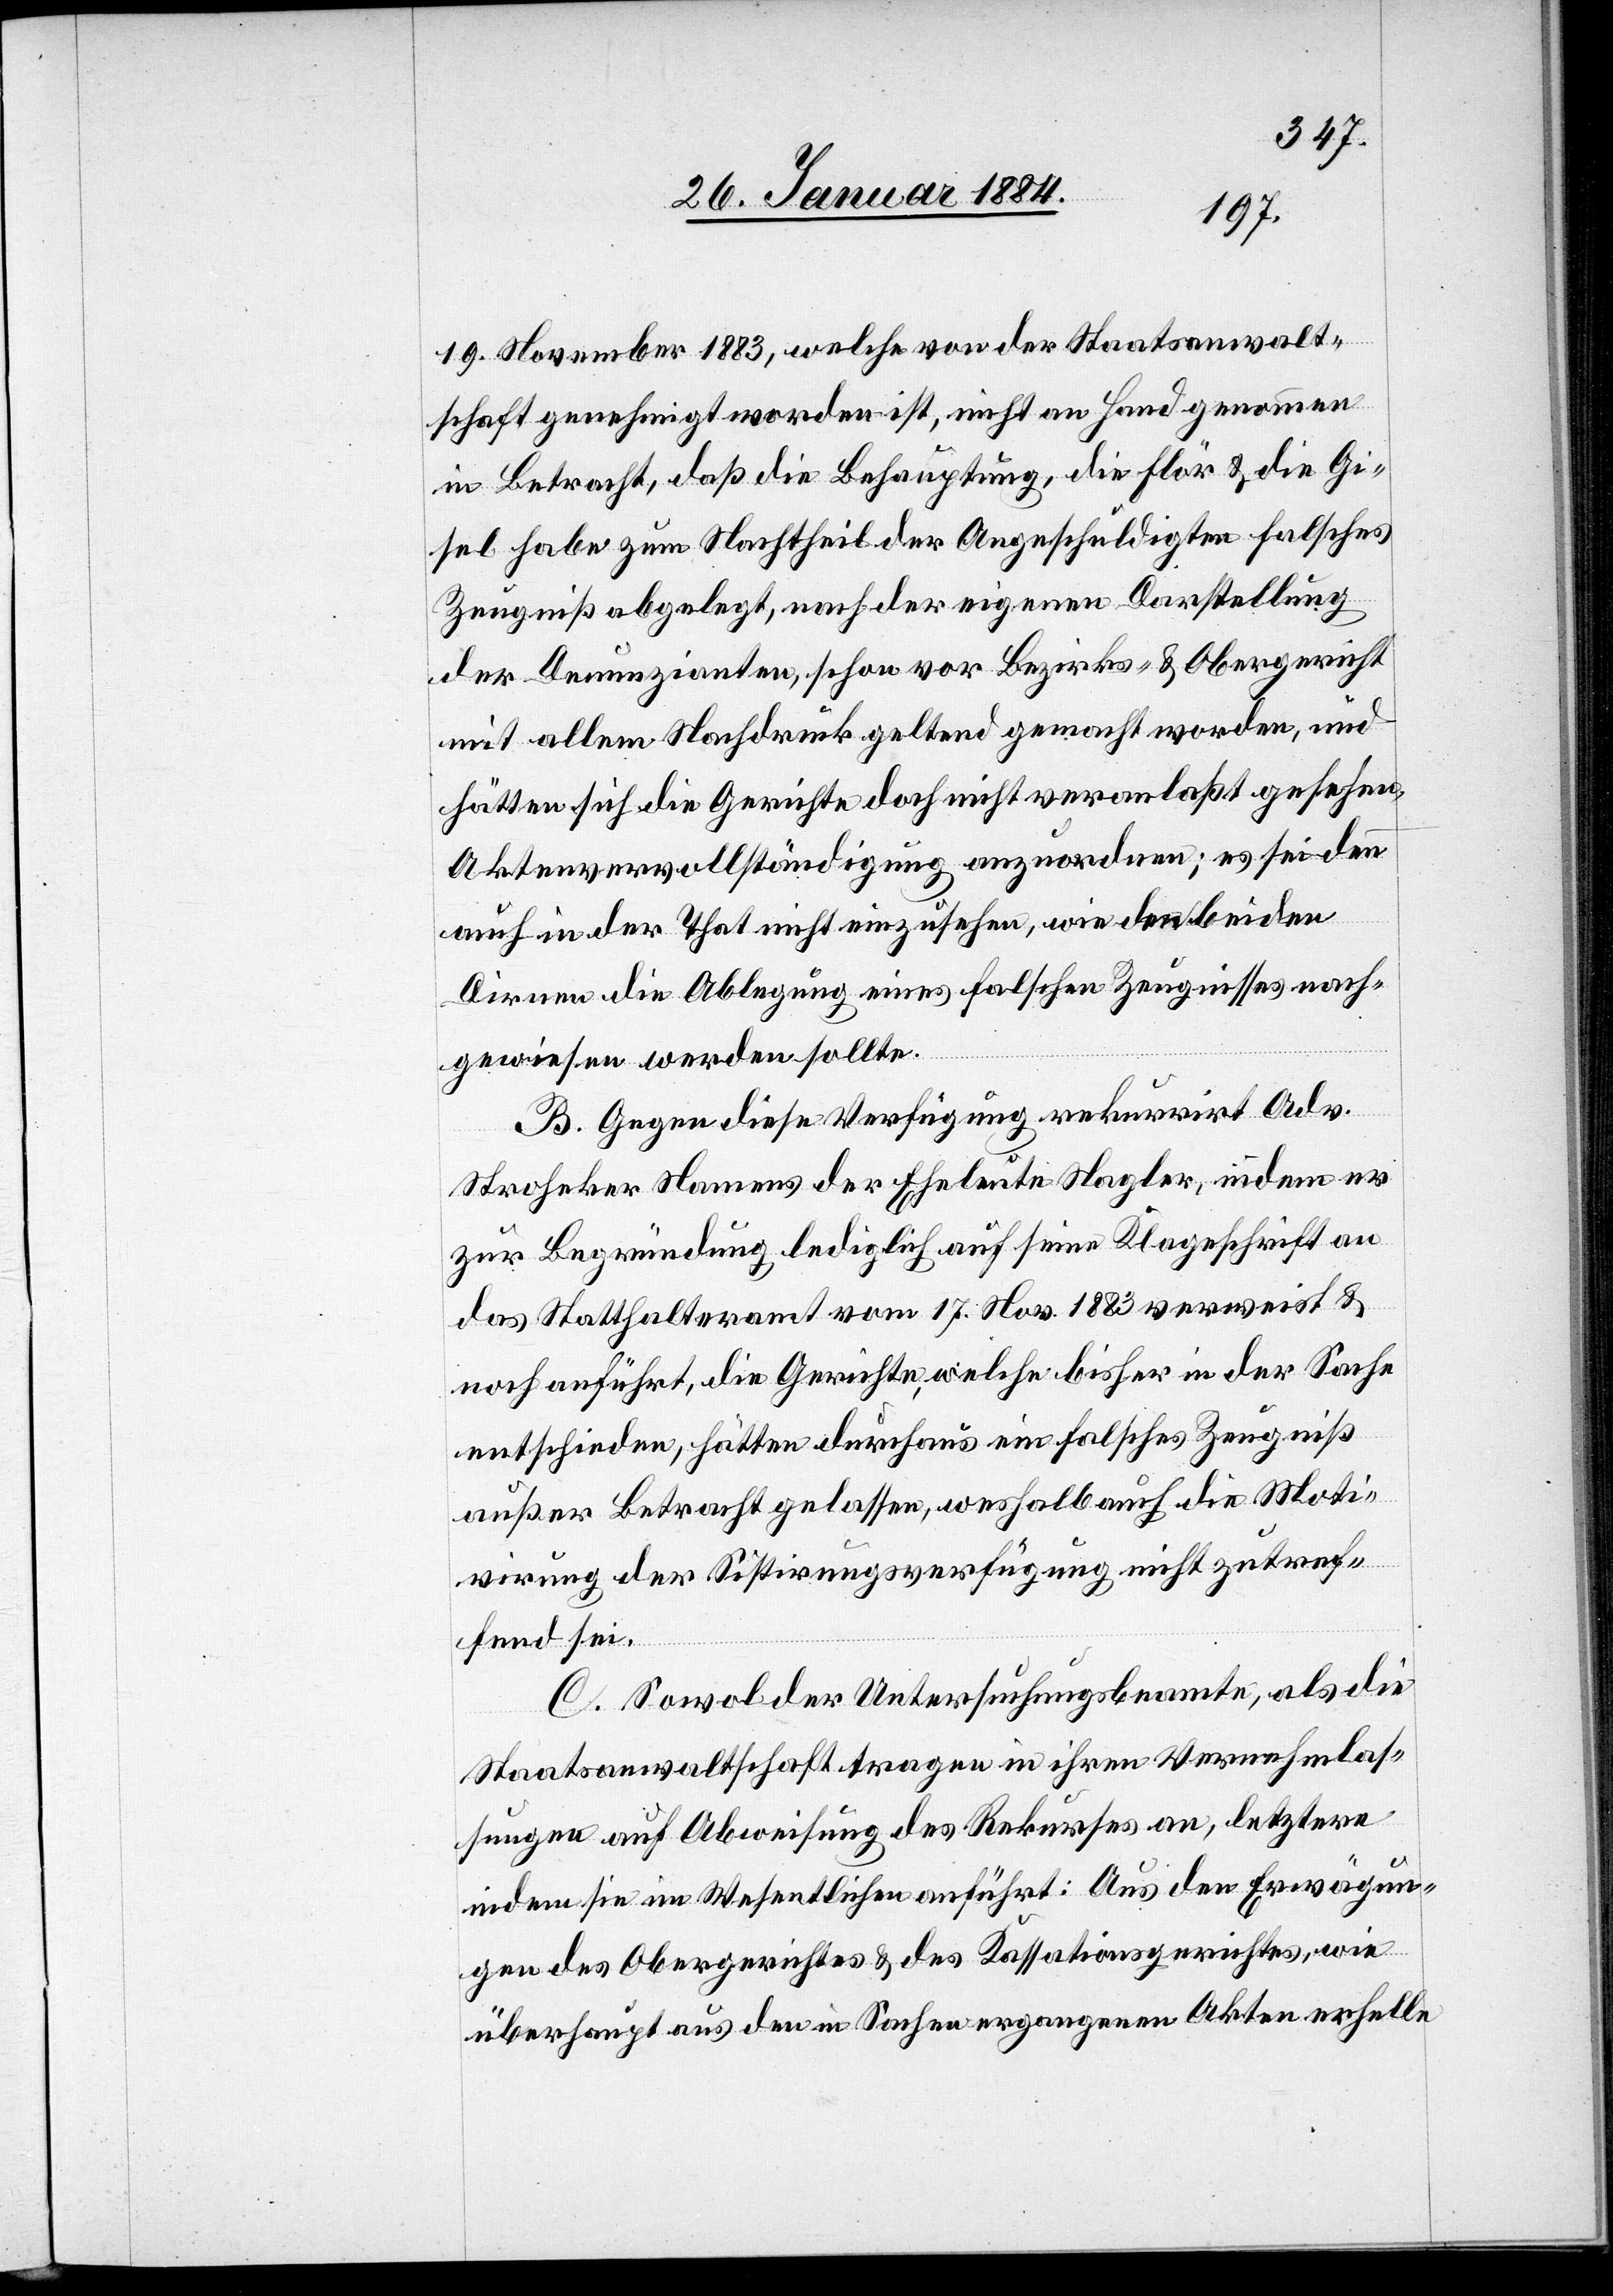
19. November 1883, welche von der Staatsanwalt¬
schaft genehmigt worden ist, nicht an Hand genommen
in Betracht, daß die Behauptung, die Flör & die Gi¬
sel haben zum Nachtheil der Angeschuldigten falsches
Zeugniß abgelegt, nach der eignen Darstellung
der Denunzianten, schon vor Bezirks- & Obergericht
mit allem Nachdruck geltend gemacht worden sei, und
hätten sich die Gerichte doch nicht veranlaßt gesehen,
Aktenvervollständigung anzuordnen; es sei denn
auch in der That nicht einzusehen, wie den beiden
Dirnen die Ablegung eines falschen Zeugnisses nach¬
gewiesen werden sollte.
B. Gegen diese Verfügung rekurrirt Adv.
Stroheker Namens der Eheleute Nagler, indem er
zur Begründung lediglich auf seine Klageschrift an
das Statthalteramt vom 17. Nov. 1883 verweist &
noch anführt, die Gerichte, welche bisher in der Sache
entschieden, hätten durchaus ein falsches Zeugniß
außer Betracht gelassen, weshalb auch die Moti¬
vierung der Sistierungsverfügung nicht zutref¬
fend sei.
C. Sowol der Untersuchungsbeamte, als die
Staatsanwaltschaft tragen in ihren Vernehmlas¬
sungen auf Abweisung des Rekurses an, letztere
indem sie im Wesentlichen anführt: Aus den Erwägun¬
gen des Obergerichtes & des Kassationsgerichtes, wie
überhaupt aus den in Sachen ergangenen Akten erhelle